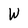
Character: W